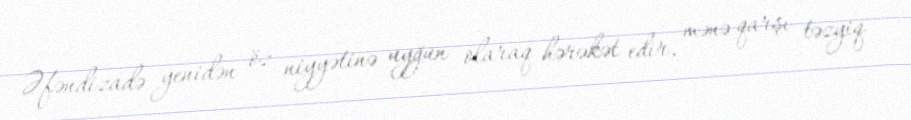
Əfəndizadə yenidən öz niyyətinə uyğun olaraq hərəkət edir, mənə qarşı təzyiq